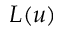
L ( u )